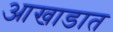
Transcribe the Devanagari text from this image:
आखाडात